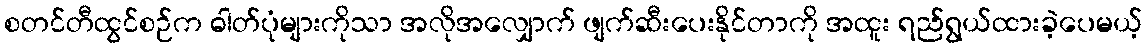
စတင်တီထွင်စဉ်က ဓါတ်ပုံများကိုသာ အလိုအလျှောက် ဖျက်ဆီးပေးနိုင်တာကို အထူး ရည်ရွယ်ထားခဲ့ပေမယ့်